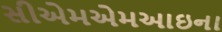
સીએમએમઆઇના